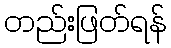
တည်းဖြတ်ရန်